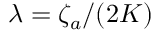
\lambda = \zeta _ { a } / ( 2 K )